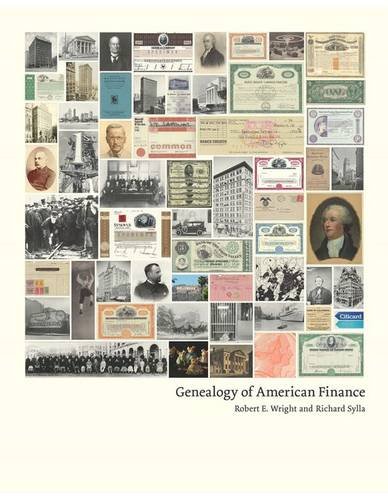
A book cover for Genealogy of American Finance (Columbia Business School Publishing); Robert E. Wright; Business & Money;